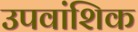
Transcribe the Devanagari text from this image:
उपवांशिक